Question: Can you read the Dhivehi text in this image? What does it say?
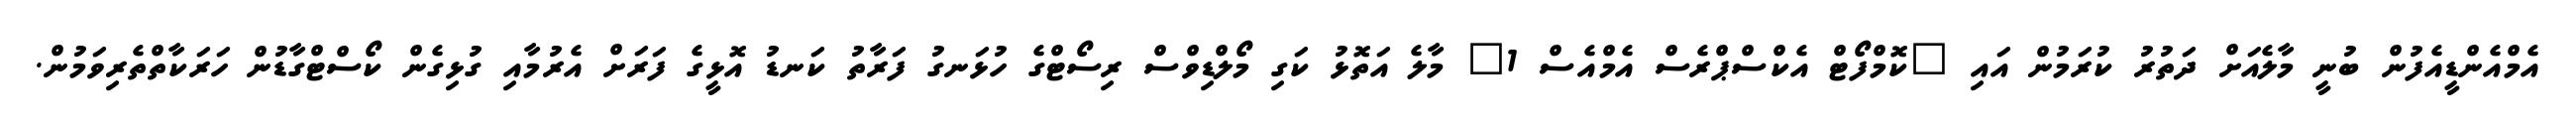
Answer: އެމްއެންޑީއެފުން ބުނީ މާލެއަށް ދަތުރު ކުރަމުން އައި "ކޮމްފޯޓް އެކްސްޕްރެސް އެމްއެސް 1" މާލެ އަތޮޅު ކަގި މޯލްޑިވްސް ރިސޯޓްގެ ހުޅަނގު ފަރާތު ކަނޑު އޮޅީގެ ފަރަށް އެރުމާއި ގުޅިގެން ކޯސްޓްގާޑުން ހަރަކާތްތެރިވަމުން.